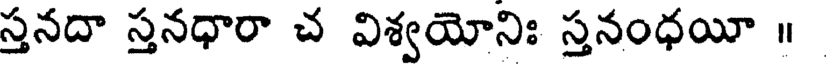
స్తనదా స్తనధారా చ విశ్వయోనిః స్తనంధయీ ॥